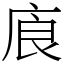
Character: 㢃